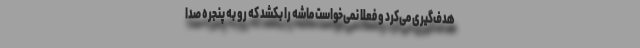
هدف‌گیری می‌کرد و فعلاً نمی‌خواست ماشه را بکشد که رو به پنجره صدا